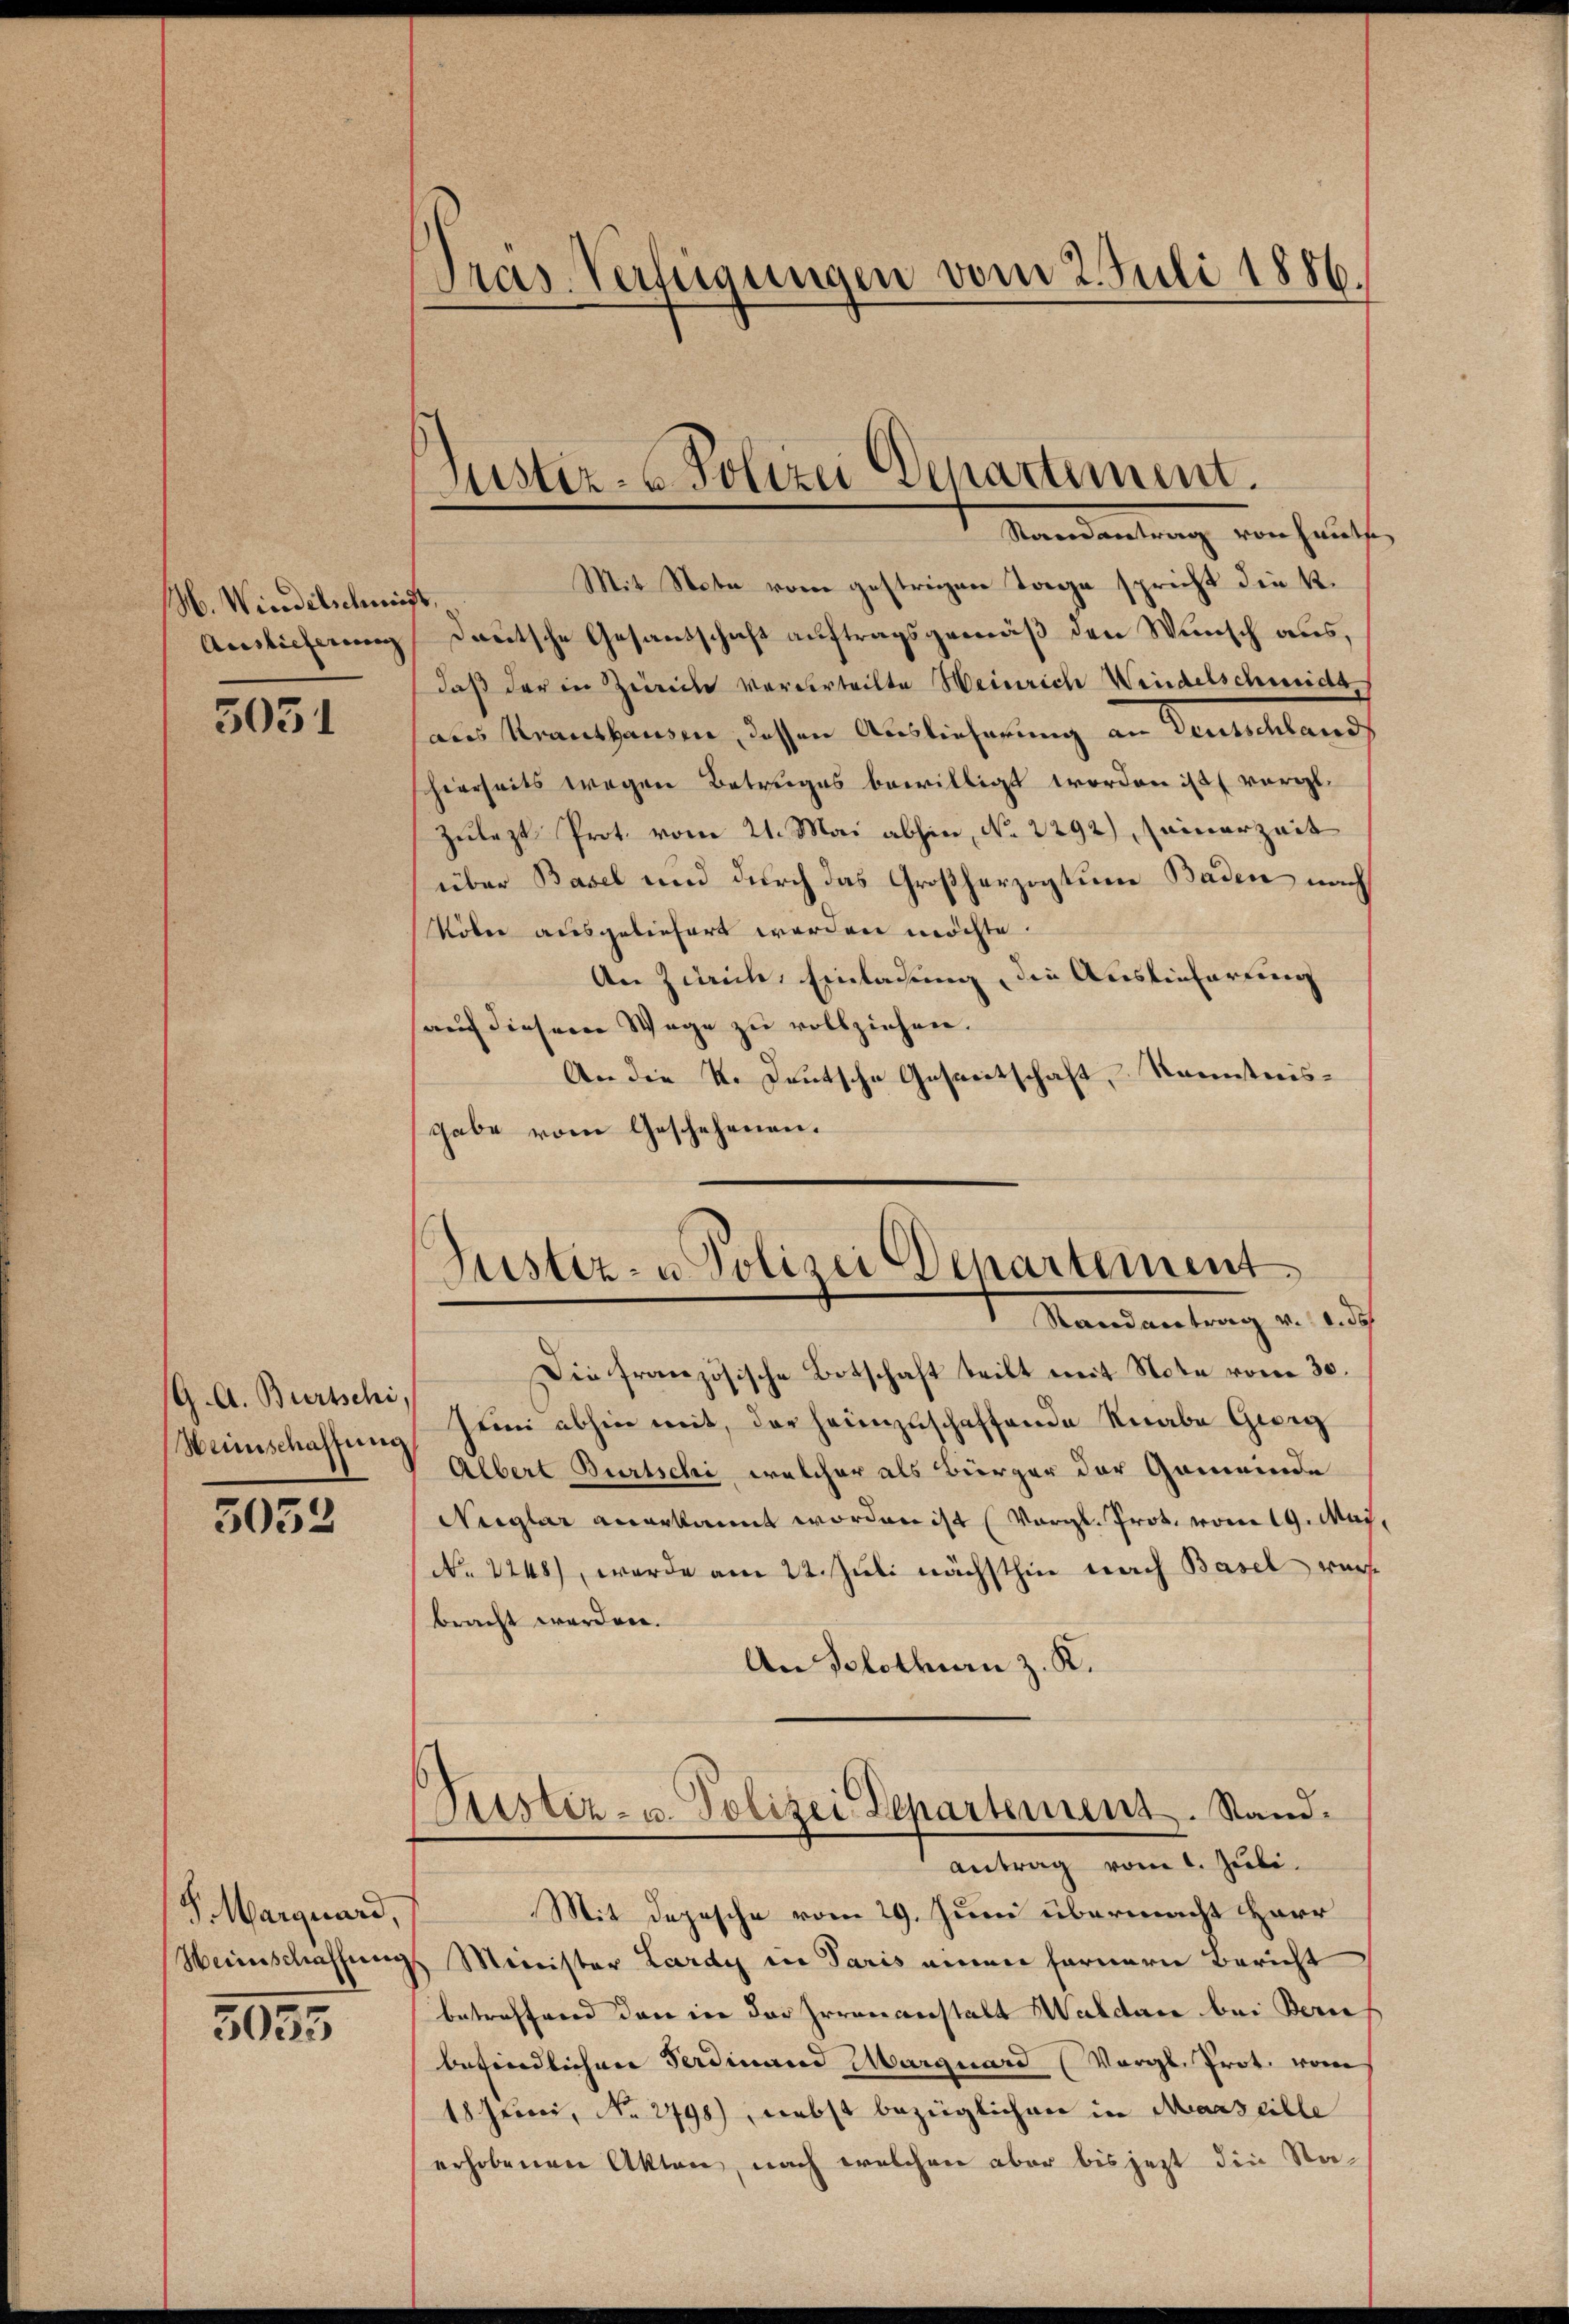
M. Wiedelschnitt,
Auslieferung

3031

G. A. Burschi,

5052

S. Marguard,

3055

Mit Note vom gestrigen Tage spricht die K.
dautsche Gesandschaft auftragsgemäß den Wunsch aus,
daß der in Zürich vorderteilte Weinrich Windelschwicht
aus Krankhausen, dessen Auslieferung an Deutschland
hierseits wegen Betruges bewilligt worden ist (vergl.
Zulezt Prot. vom 21. Mai abhin, No 2292) seinerzeit
über Basel und durch das Großherzogtum Baden nach
Köber ausgeliefert worden möchte.
An Zürich, Einladung, die Auslieferung
auf diesem Wege zu vollziehen.
An die K. Deutsche Gefreitschaft, Kenntnisgabe vom Geschehenen.

Pras Verfügungen vom 2. Juli 1886.

Justiz- & Polizei Departement.
Mandantung von Hause,

Justiz- u. Polizei Departement
1. Mandantung u. auf

Die französische Botschaft teilt mit Note vom 30.
Weinschaffung Zemmi abhin mit, der heimzuschaffende Knabe Giorg
Albert Burtschi, welcher als Bürger der Gemeinde
Neglar anerkannt worden ist (Vergl. Prot. vom 19. May,
No 1248), werde am 22. Juli nächsthin nach Basel würbracht worden.
An Solothurn z. K.
Pustiz- u. Polizei Departement. Stand.
antrag vom 1. Juli.
Mit Depesche vom 29. Juni übermacht Herr
Heinschaffung Minister Lardy in Paris einen fernern Bericht
betreffend dann in der Irrenanstalt Waldare bei Bern
befindlichen Ferdinand Marquard (Vergl. Prot. vom
18 Juni, No. 2798), nebst bezüglichen in Marseille
erhobenen Akten, nach welchen aber bis jezt die Sta¬